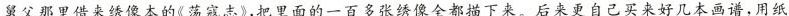
舅父那里借来绣像本的《荡寇志》,把里面的一百多张绣像全都描下来。后来更自己买来好几本画谱,用纸